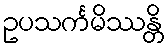
ဥပသင်္ကမိဿန္တိ